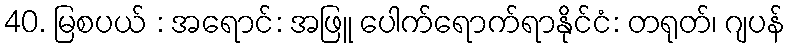
40. မြစပယ် : အရောင်: အဖြူ ပေါက်ရောက်ရာနိုင်ငံ: တရုတ်၊ ဂျပန်